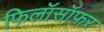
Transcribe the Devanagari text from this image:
फिलॉसॉफर